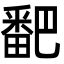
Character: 𬏓